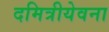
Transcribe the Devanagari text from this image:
दमित्रीयेवना